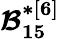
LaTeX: \boldsymbol{\mathcal{B}_{15}^{*[6]}}